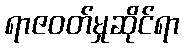
ရာဇဝတ်မှုဆိုင်ရာ